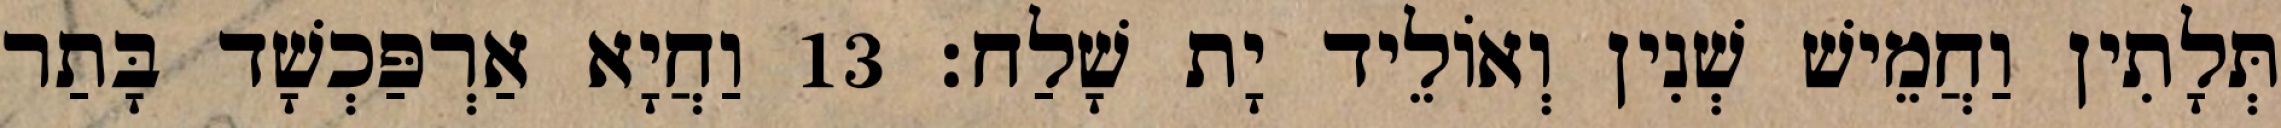
תְּלָתִין וַחֲמֵישׁ שְׁנִין וְאוֹלֵיד יָת שָׁלַח׃ 13 וַחֲיָא אַרְפַּכְשָׁד בָּתַר